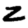
Digit: 2